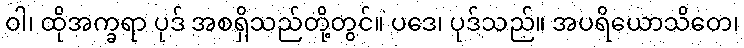
ဝါ၊ ထိုအက္ခရာ ပုဒ် အစရှိသည်တို့တွင်။ ပဒေ၊ ပုဒ်သည်။ အပရိယောသိတေ၊